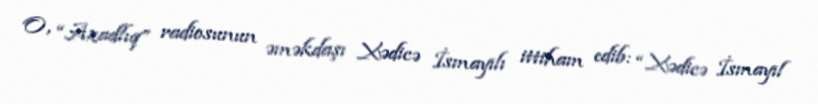
O, “Azadlıq” radiosunun əməkdaşı Xədicə İsmayılı ittiham edib: “Xədicə İsmayıl